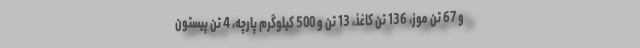
و 67 تن موز، 136 تن کاغذ، 13 تن و 500 کیلوگرم پارچه، 4 تن پیستون